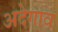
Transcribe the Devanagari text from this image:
अदेगाव